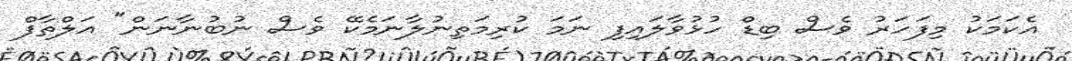
އެކަމަކު މިފަހަރު ވެސް ބިޑް ހުޅުވާލައިފި ނަމަ ކުރިމަތިނުލާނަމެކޭ ވެސް ނުބުނާނަން" އަލްތާފް